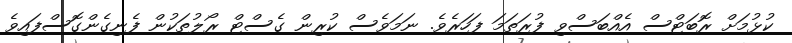
ކުޅުމަށް ރޮބަޓްސް އެއްބަސްވި ފުރަތަމަ ފަހަރެވެ. ނަމަވެސް ކުރިން ގެސްޓް ރޯލުތަކުން ފެނިގެންގޮސްފައިވެ